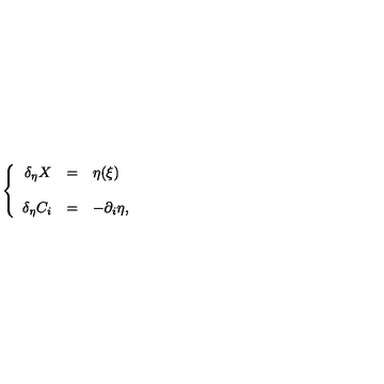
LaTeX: \left\{ \begin{array} { r c l } { \delta _ { \eta } X } & { = } & { \eta ( \xi ) } \\ { } & { } & { } \\ { \delta _ { \eta } C _ { i } } & { = } & { - \partial _ { i } \eta , } \\ \end{array} \right.